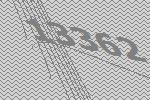
13362